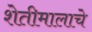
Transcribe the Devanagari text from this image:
शेतीमालाचे